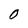
Character: O